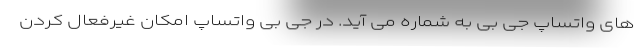
های واتساپ جی بی به شماره می آید. در جی بی واتساپ امکان غیرفعال کردن